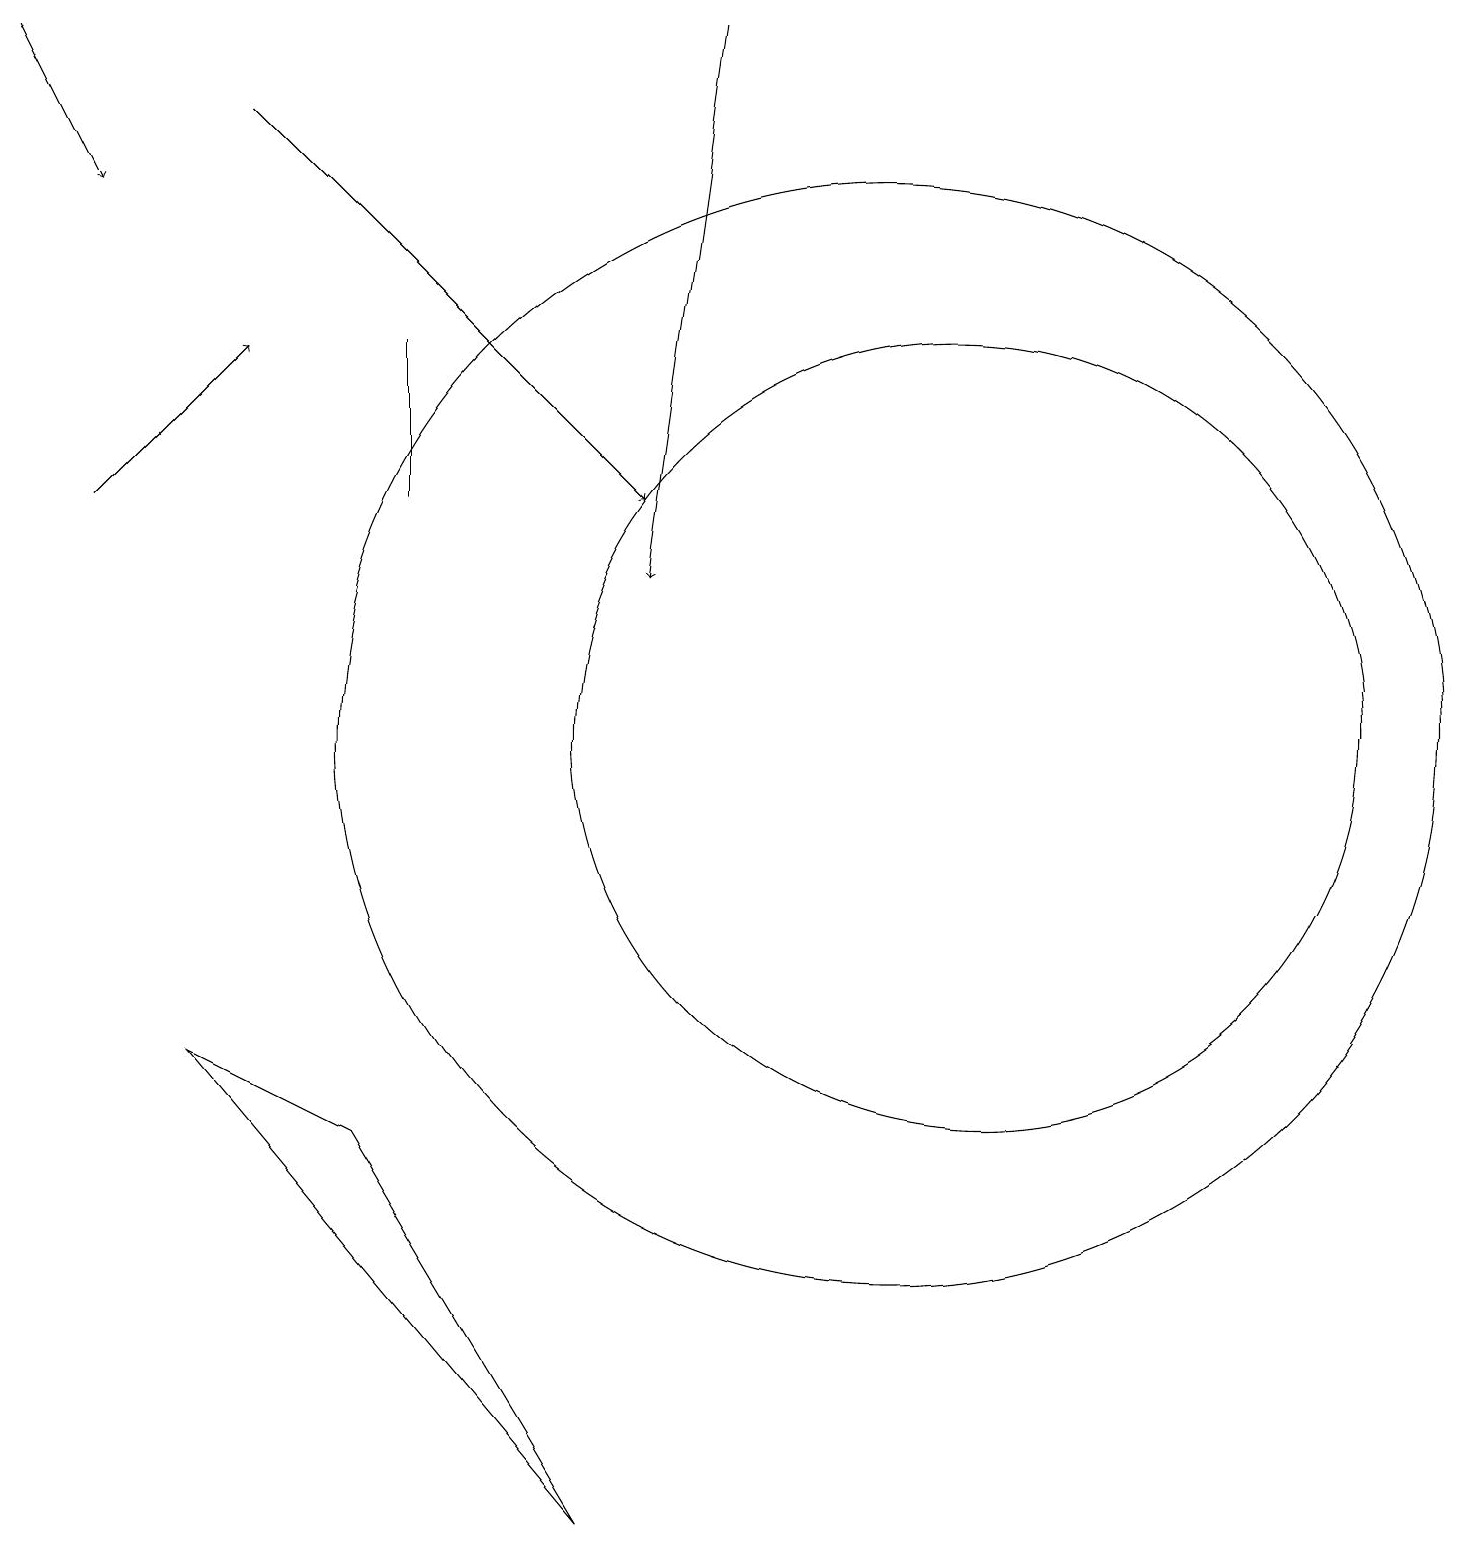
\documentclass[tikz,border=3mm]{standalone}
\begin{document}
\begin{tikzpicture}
\draw[->] (1,13) -- (3,15);
\draw (5,13) rectangle (5,15);
\draw (11,10) circle (7);
\draw (12,10) circle (5);
\draw[->] (9,19) -- (8,12);
\draw[->] (3,18) -- (8,13);
\draw[->] (0,19) -- (1,17);
\draw (2,6) -- (7,0) -- (4,5) -- cycle;
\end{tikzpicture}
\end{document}